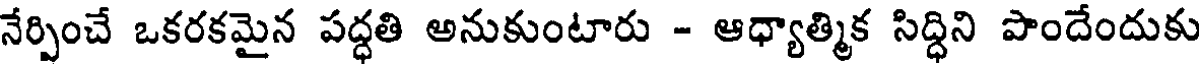
నేర్పించే ఒకరకమైన పద్ధతి అనుకుంటారు - ఆధ్యాత్మిక సిద్ధిని పొందేందుకు